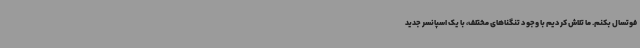
فوتسال بکنم. ما تلاش کردیم با وجود تنگناهای مختلف، با یک اسپانسر جدید